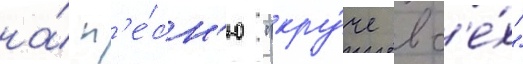
на́ п'е́сн'ю "кру́че вс'е́х"